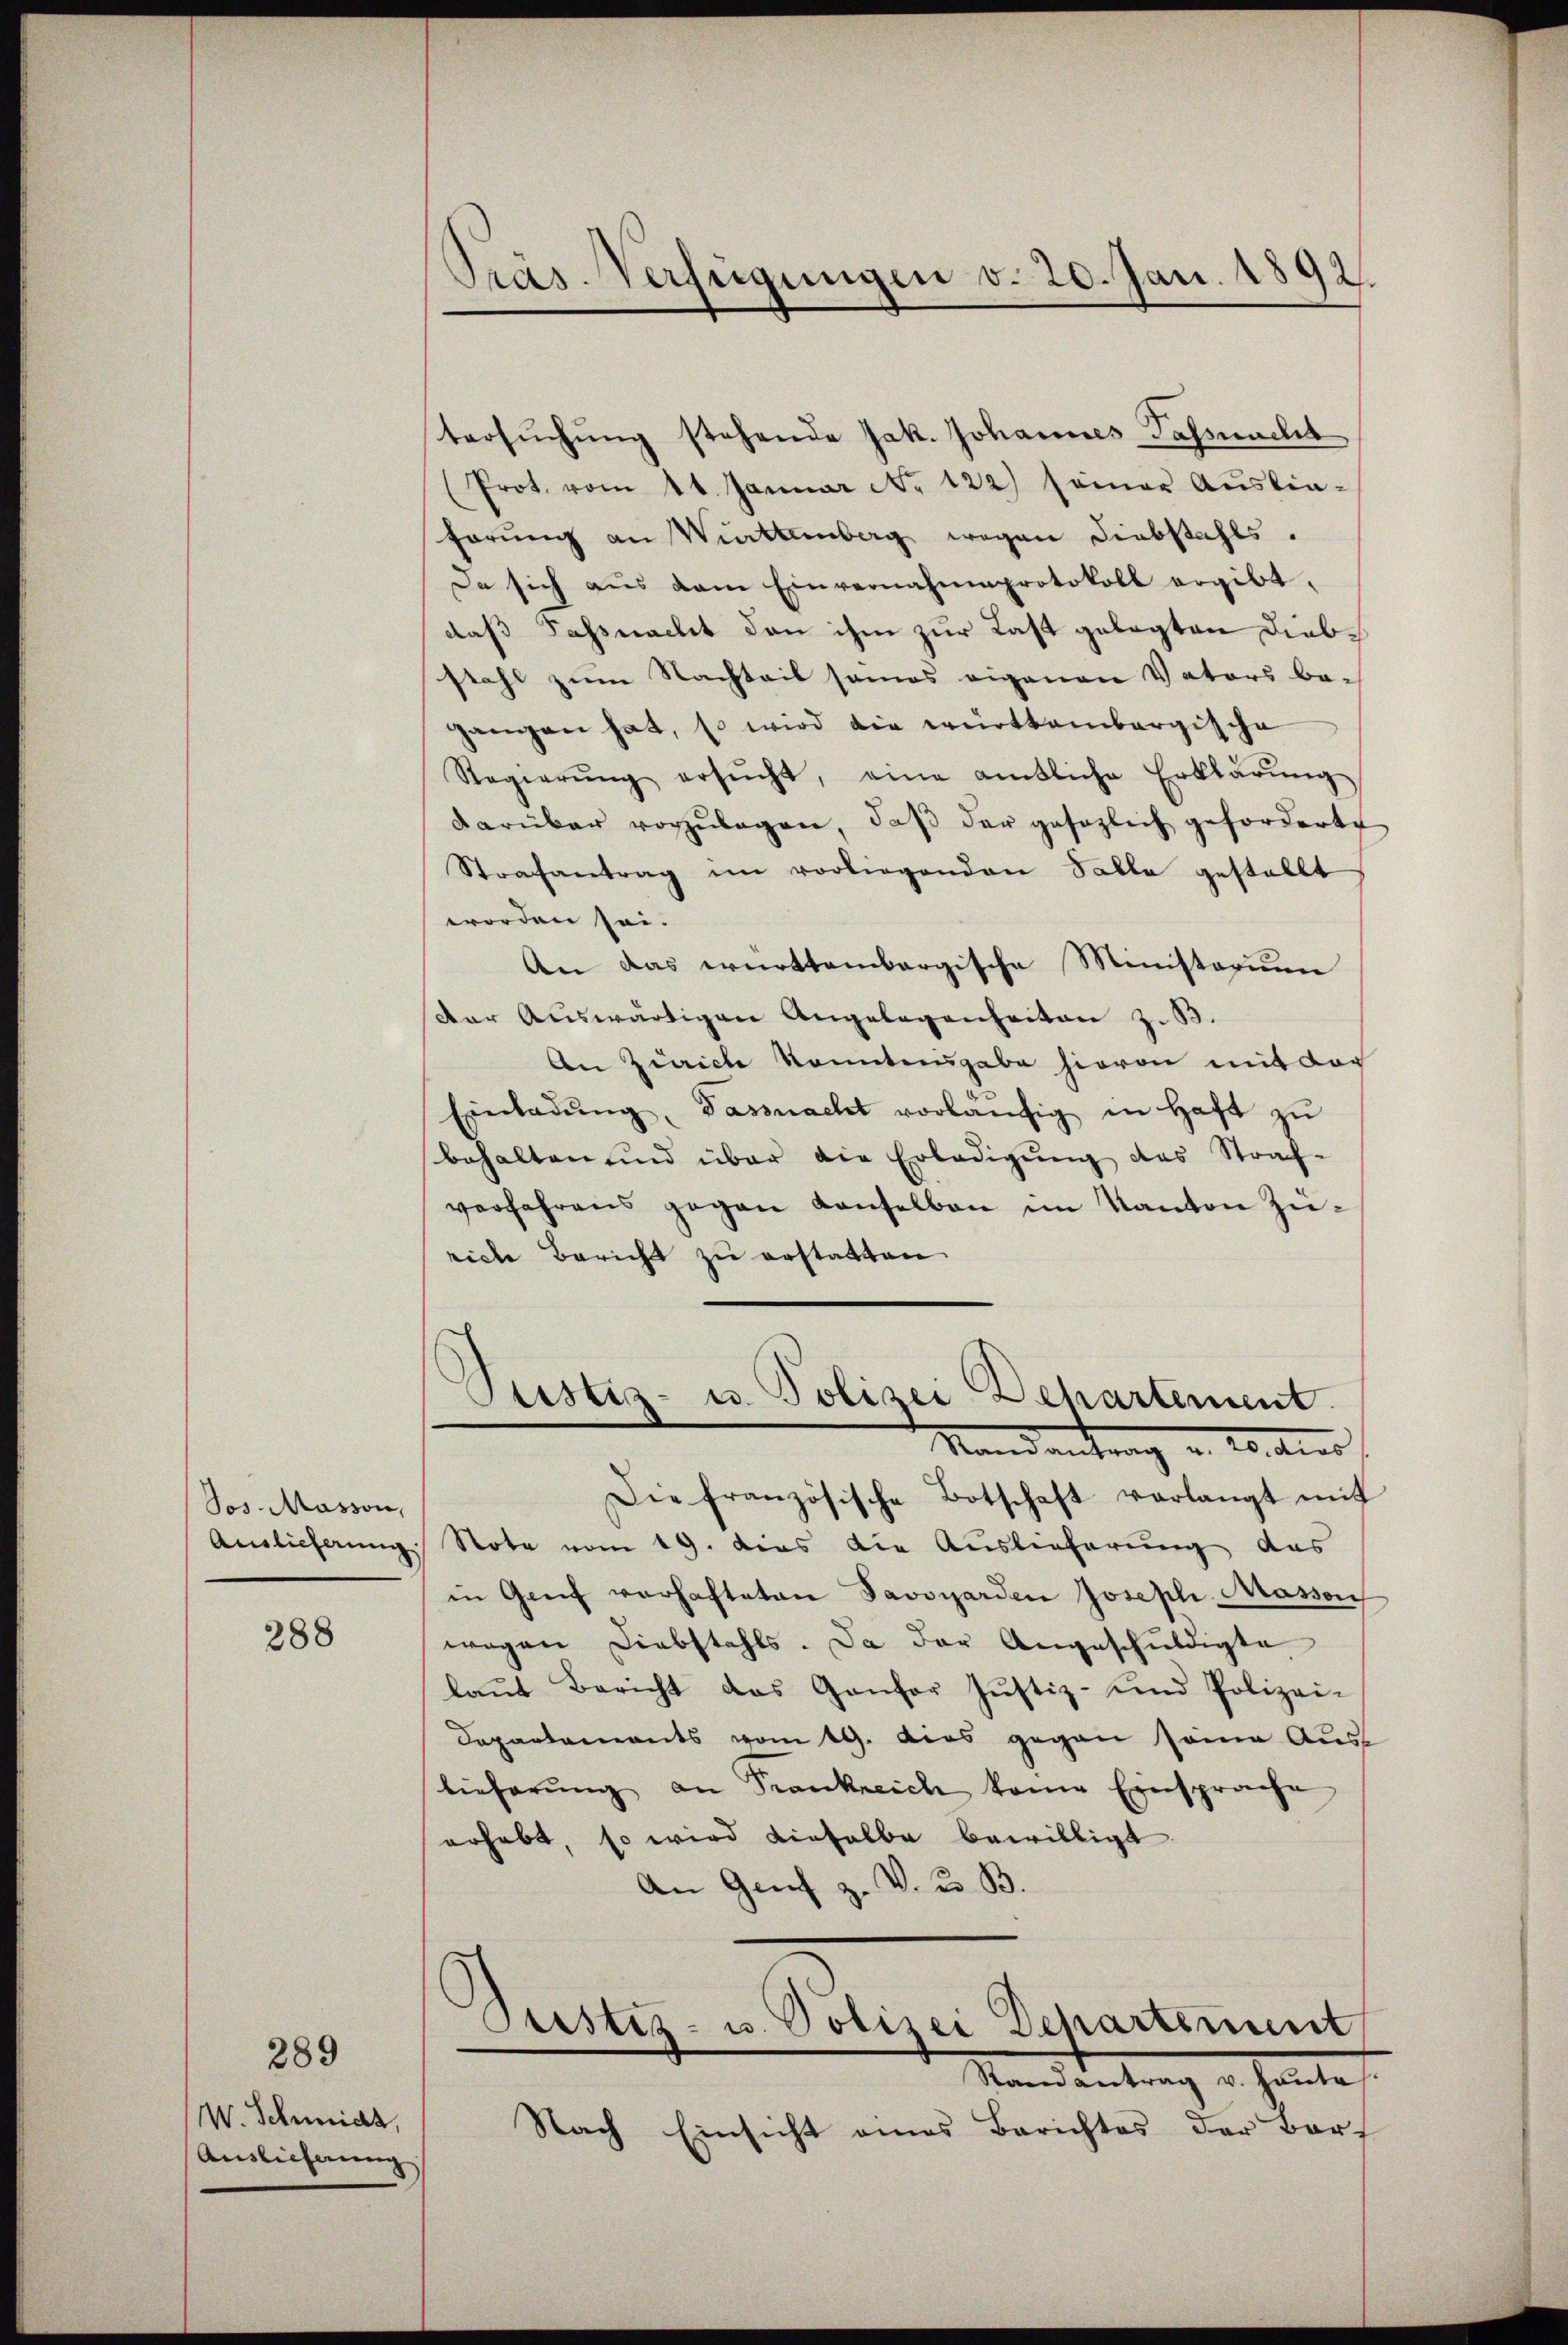
Jos. Masson,
Auslieferung

288

289

W. Schmidt,
Auslicherung

Pras. Verfügungen d. 20. Jan. 1892.

tersŭchŭng stehende Jak. Johannes-Sassnacht
Prot. vom 14. Januar No. 122) seiner Aŭslia-
hörŭng an Wittemberg wegen Diebstahls.
Da sich aus dem Einvernahmeprotokoll ergibt.
daß Tassnacht dan ihm zur Last gelegten Diebstahl zum Nachteil sames eigenen Vaters be-
gangen hat, so wird die württembergische
Regierŭng ersŭcht, eine amtliche Erklärŭng
darüber vorzŭlagen, daβ der gesezlich geforderte
Strafantrag im vorliegenden Falle gestellt
worden sei.
An das württembergische Ministerium
Der Auswärtigen Angelegenheiten z. B.
An Zürich konntengabe hievon mit der
Einladŭng, Tassnacht vorläufig in Haft zu
behalten und über die Erledigŭng des Straf-
verfahrens gegen Konselbau im Kanton Züriche Bericht zu erstatten
Justiz- u. Polizei Dehartement.
Nandantrag v. 20. dies
Die französische Botschaft verlangt mit
Note vom 19. das die Auslieferung des
in Genf verhafteten Savoyarden Joseph Massen
wegen Diebstahls. Da der Angeschuldigte
laŭt Bericht das Gantor Jŭstiz- und Polizei-
Departements vom 19. dies gegen seine Aus
lieferŭng an Frankreich kame Einsprache
erhebt, so wird dieselbe bewilligt
An Genf z. V. 33. B.
Justiz- u. Polizei Departement
Randantrag v. Hautes.
Nach Einsicht eines Berichtes der Bart